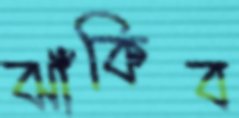
ঝাঁকিব